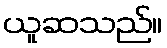
ယူဆသည်။